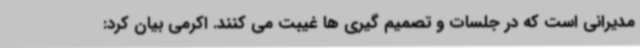
مدیرانی است که در جلسات و تصمیم گیری ها غیبت می کنند. اکرمی بیان کرد: